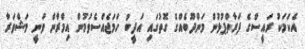
އެކަމަކު ރައީސްގެ ފަރާތްޕުޅުން މަންދޫބެއްގެ ގޮތުގައި އަދީބު ހަމަޖެއްްސެވުމުން އިމްރާން ވަނީ މަޝްވަރާ